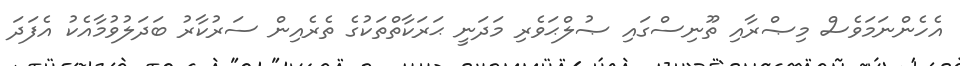
އެހެންނަމަވެސް މިޞްރާއި ތޫނިސްގައި ޞުލްޙަވެރި މަދަނީ ޙަރަކާތްތަކުގެ ތެރެއިން ސަރުކާރު ބަދަލުވުމާއެކު އެފަދަ